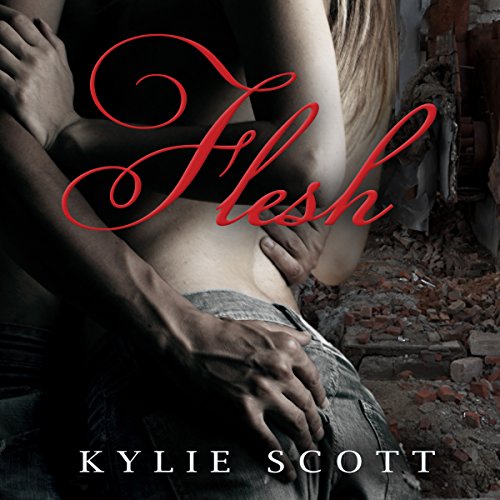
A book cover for Flesh; Kylie Scott; Romance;